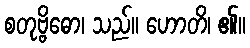
စတုဗ္ဗိဓော၊ သည်။ ဟောတိ၊ ၏။